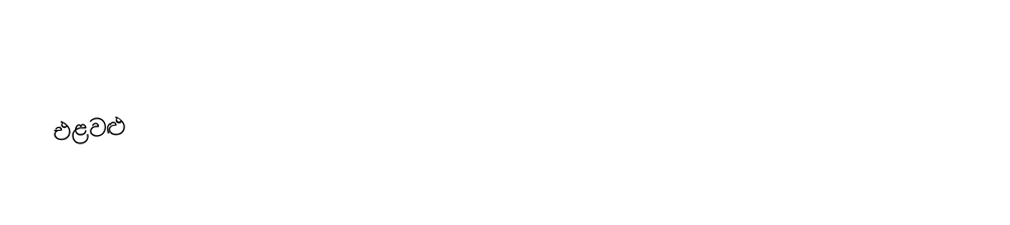
එළවළු